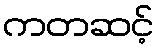
ကတဆင့်